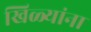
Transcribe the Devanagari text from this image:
खिळ्यांना